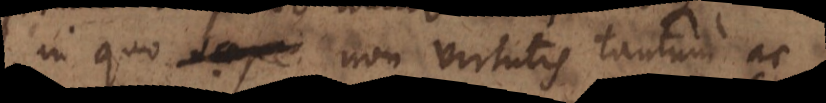
in quo saepe non virtutis tantum ac